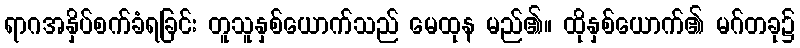
ရာဂအနှိပ်စက်ခံရခြင်း တူသူနှစ်ယောက်သည် မေထုန မည်၏။ ထိုနှစ်ယောက်၏ မဂ်တခု၌